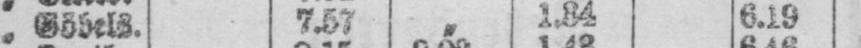
„ Göbels. 7.57 „ 1.34 6.19